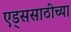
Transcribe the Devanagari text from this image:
एड्ससाठीच्या